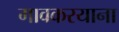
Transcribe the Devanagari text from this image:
गावकरयाना